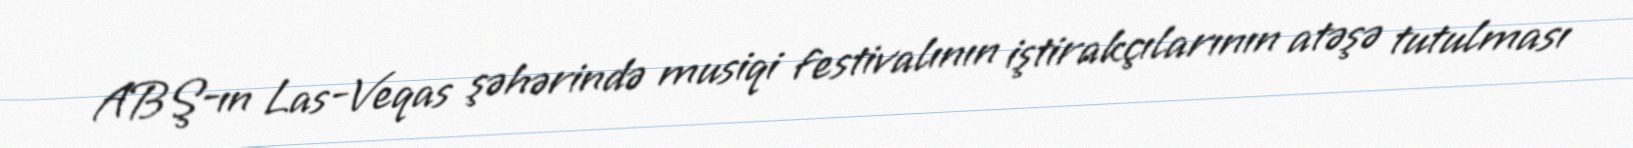
ABŞ-ın Las-Veqas şəhərində musiqi festivalının iştirakçılarının atəşə tutulması